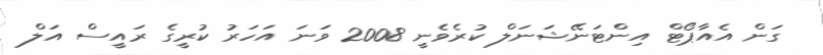
ގަން އެއާޕޯޓް އިންޓަނޭޝަނަލް ކުރެވެނީ 2008 ވަނަ އަހަރު ކުރީގެ ރައީސް އަލް